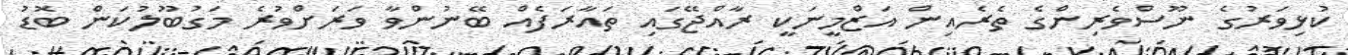
ކުޅިވަރުގެ ނޫސްވެރިންގެ ތެރެއިން އަޒްމީނަކީ ރާއްޖޭގައި ތައާރަފެއް ބޭނުންވާ ވަރަށްވުރެ މަގުބޫލުކަން ބޮޑު